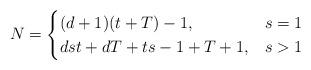
LaTeX: \begin{align*} N= \begin{cases} (d+1)(t+T)-1, &s=1 \\ dst+dT+ts-1+T+1,& s> 1\end{cases}\end{align*}